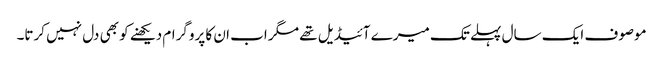
موصوف ایک سال پہلے تک میرے آئیڈیل تھے مگر اب ان کا پروگرام دیکھنے کو بھی دل نہیں کرتا۔